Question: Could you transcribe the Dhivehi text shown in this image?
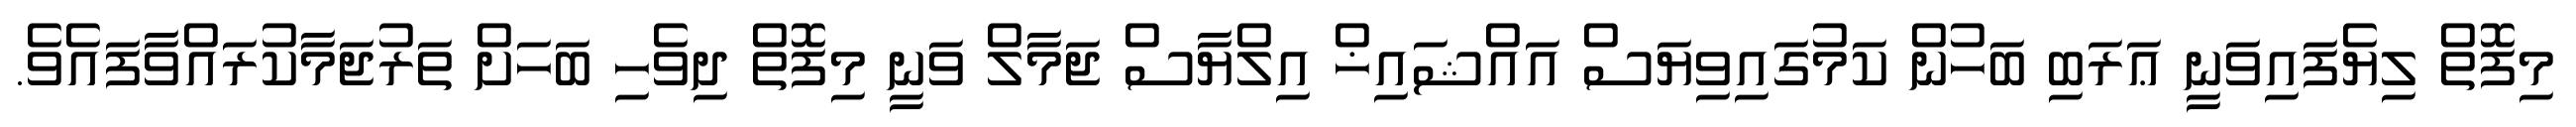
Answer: މިފޮތް ލިޔެފައިވަނީ ޢަރަބި ބަހުން ކަމުގައިވިޔަސް އައްޝައިޚް އިލްޔާސް ޖަމާލް ވަނީ މިފޮތް ދިވެހި ބަހަށް ތަރުޖަމާކުރައްވާފައެވެ.